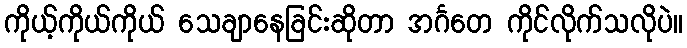
ကိုယ့်ကိုယ်ကိုယ် သေချာနေခြင်းဆိုတာ အင်္ဂတေ ကိုင်လိုက်သလိုပဲ။